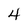
Character: 4